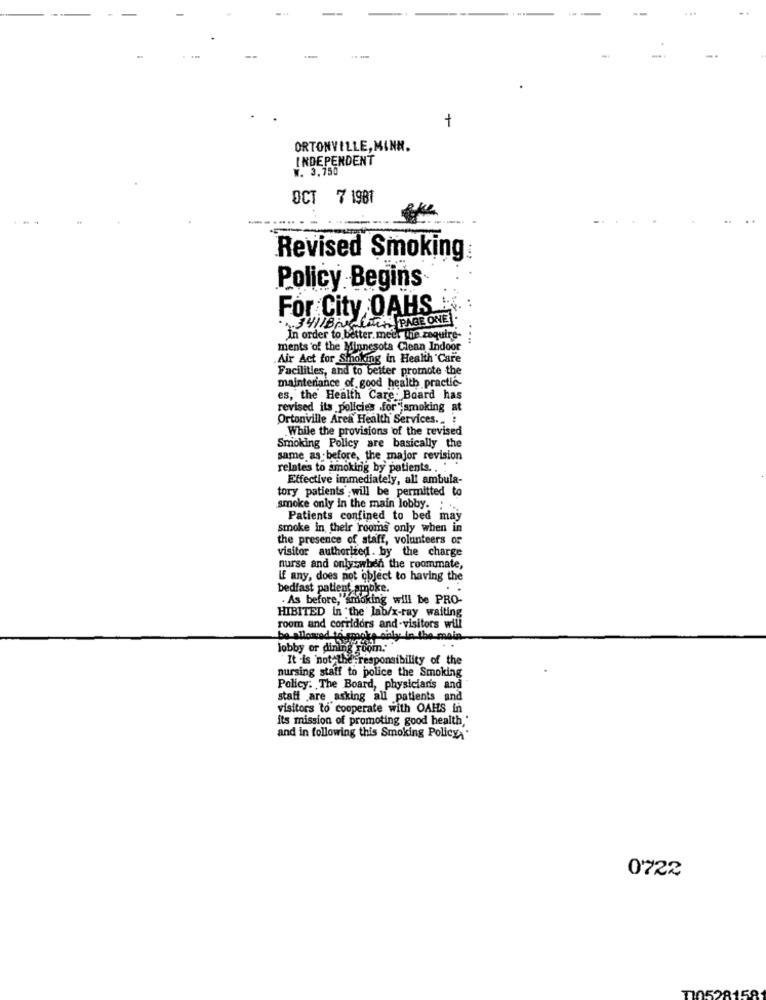
...
+
ORTONVILLE, MINN.
INDEPENDENT
W. 3.750
OCT 7 1981
Revised Smoking:
Policy Begins
For City OAHS
.1.3411Bigmain PAGE ONE .
In order to better. meer the zequire-
ments of the Minnesota Clean Indoor
Air Act for Smoking in Health Care
Facilities, and to better promote the
maintenance of good health practic-
es, the Health Care: Board has
revised its policies for smoking at
Ortonville Area Health Services .. :
While the provisions of the revised
Smoking Policy are basically the
same as before, the major revision
relates to smoking by patients ...
Effective immediately, all ambula-
tory patients will be permitted to
smoke only in the main lobby. . ...
Patients confined to bed may
smoke in their rooms only when in
the presence of staff, volunteers of
visitor authorized. by the charge
nurse and onlywhen the roommate,
If any, does not object to having the
bedfast patient smoke.
. As before,"smoking will be PRO-
HIBITED in the lab/x-ray waiting
room and corridors and-visitors will
be allowed to smoke sialy: in the main.
Jobby or dining room."
It -is not the responsibility of the
nursing staff to police the Smoking
Policy. The Board, physicianis and
staff are asking all patients and
visitors to cooperate with OAHS in
its mission of promoting good health "
and in following this Smoking Policy "
0722